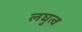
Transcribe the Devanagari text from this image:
लघुत्व